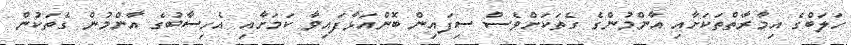
ހަލަބްގެ އިމާރާތްތަކަށާއި އާންމުންގެ ގެތަކަށްވެސް ސިފައިން ބޮންއަޅާފައިވާ ކަމަށާއި އެހިސާބުގެ އާންމުން ގެތަކުން